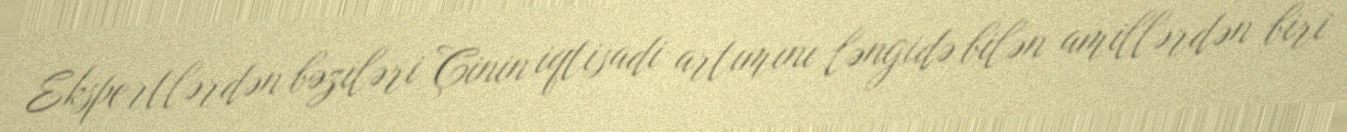
Ekspertlərdən bəziləri Çinin iqtisadi artımını ləngidə bilən amillərdən biri